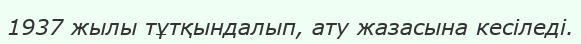
1937 жылы тұтқындалып, ату жазасына кесіледі.